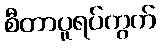
စီတာပူရပ်ကွက်